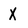
Character: X